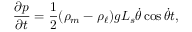
\frac { \partial { p } } { \partial { t } } = \frac { 1 } { 2 } ( \rho _ { m } - \rho _ { \ell } ) g L _ { s } \dot { \theta } \cos \dot { \theta } t ,